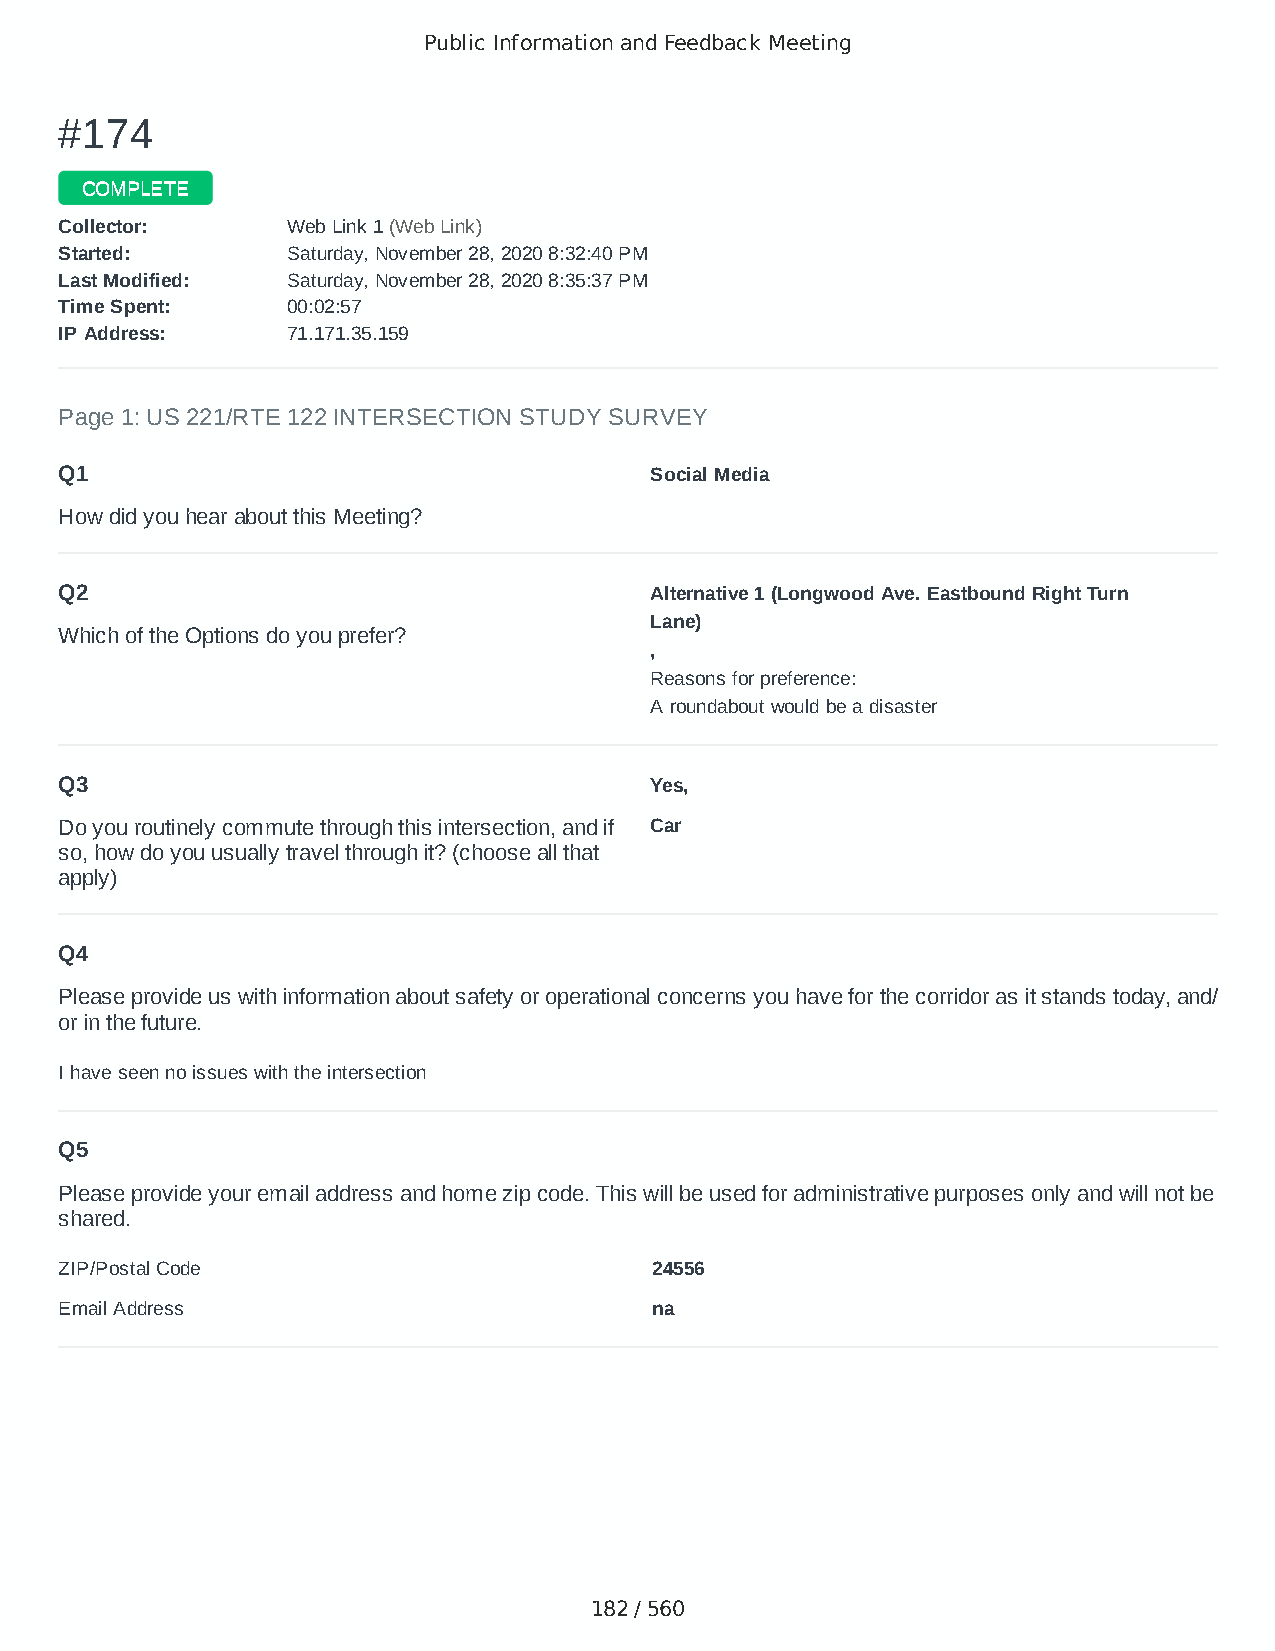
Public Information and Feedback Meeting
 ##117744
 CCOOMMPPLLEETTEE
 CCoolllleeccttoorr:: WWeebb LLiinnkk 11 ((WWeebb LLiinnkk))
 SSttaarrtteedd:: SSaattuurrddaayy,, NNoovveemmbbeerr 2288,, 22002200 88::3322::4400 PPMM
 LLaasstt MMooddiiffiieedd:: SSaattuurrddaayy,, NNoovveemmbbeerr 2288,, 22002200 88::3355::3377 PPMM
 TTiimmee SSppeenntt:: 0000::0022::5577
 IIPP AAddddrreessss:: 7711..117711..3355..115599
 Page 1: US 221/RTE 122 INTERSECTION STUDY SURVEY
 Q1                                     Social Media
 How did you hear about this Meeting?
 Q2                                     Alternative 1 (Longwood Ave. Eastbound Right Turn
 Lane)
 Which of the Options do you prefer?
 ,
 Reasons for preference:
 A roundabout would be a disaster
 Q3                                     Yes,
 Do you routinely commute through this intersection, and if Car
 so, how do you usually travel through it? (choose all that
 apply)
 Q4
 Please provide us with information about safety or operational concerns you have for the corridor as it stands today, and/
 or in the future.
 I have seen no issues with the intersection
 Q5
 Please provide your email address and home zip code. This will be used for administrative purposes only and will not be
 shared.
 ZIP/Postal Code                        24556
 Email Address                          na
 182 / 560